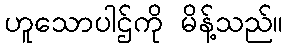
ဟူသောပါဌ်ကို မိန့်သည်။